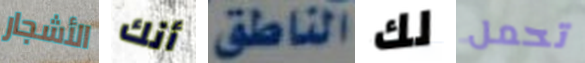
الأشجار أنك الناطق لك تحمل